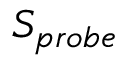
S _ { p r o b e }